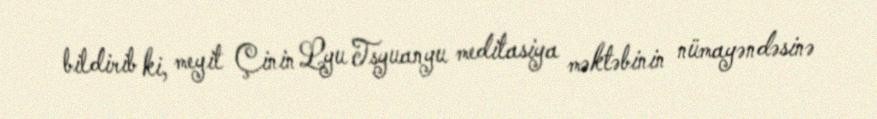
bildirib ki, meyit Çinin Lyu Tsyuanyu meditasiya məktəbinin nümayəndəsinə